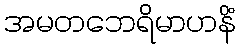
အမတဘေရိမာဟနိံ